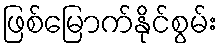
ဖြစ်မြောက်နိုင်စွမ်း